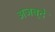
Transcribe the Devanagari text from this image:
अजब्दे